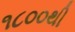
૧૮૦૦થી